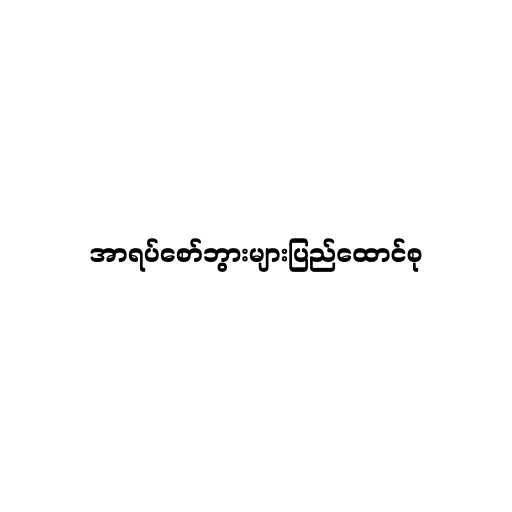
အာရပ်စော်ဘွားများပြည်ထောင်စု